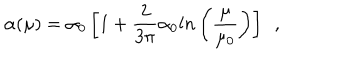
\alpha ( \mu ) = \alpha _ { 0 } \left[ 1 + \frac { 2 } { 3 \pi } \alpha _ { 0 } l n \left( \frac { \mu } { \mu _ { 0 } } \right) \right] ~ ~ ,